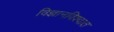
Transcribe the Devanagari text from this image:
विज्ञानविश्वात